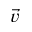
\vec { v }